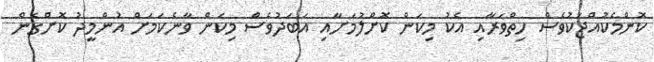
ކޮންމެކުއްޖަކުވެސް ހިތްވަރާއި އެކު މިކަން ކޮށްލުމަށާއި އަބަދުވެސް މިކަން ވާނެކަމަށް އުންމީދު ކޮށްގެން